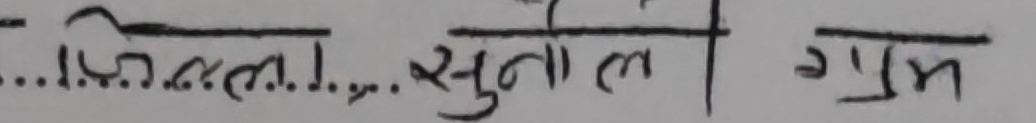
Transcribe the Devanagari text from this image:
...जिल्ला...सुनाल गुम